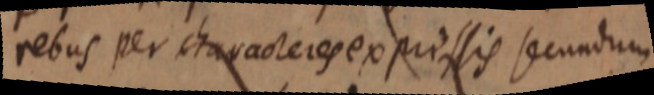
rebus per characteres exprissis secundum